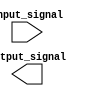
module IO_Buffer (
    input input_signal,
    output reg output_signal
);

// Low-power buffer implementation

endmodule